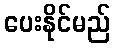
ပေးနိုင်မည်